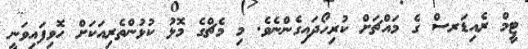
ޓީމް ރެއިޑަރސް ގެ މައްޗަށް ކުރިހޯދައިގެންނެވެ. މި މެޗްގެ މޮޅު ކުޅުންތެރިއަކަށް ހޮވިފައިވަނީ